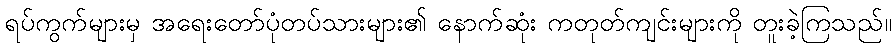
ရပ်ကွက်များမှ အရေးတော်ပုံတပ်သားများ၏ နောက်ဆုံး ကတုတ်ကျင်းများကို တူးခဲ့ကြသည်။